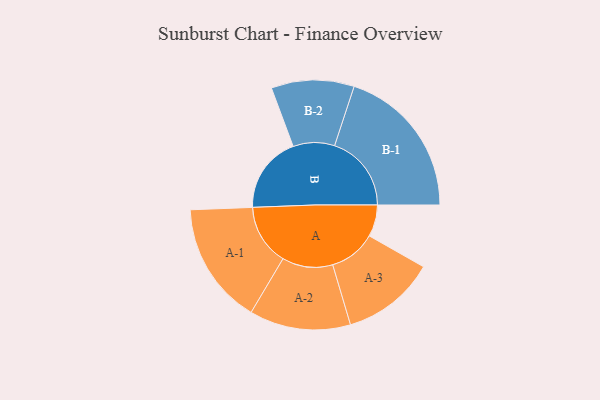
{"axis": {"x": "Segment", "y": "Value"}, "legend": ["", "A", "B"], "data": [{"x": "A", "y": 121, "type": ""}, {"x": "B", "y": 293, "type": ""}, {"x": "A-1", "y": 233, "type": "A"}, {"x": "A-2", "y": 193, "type": "A"}, {"x": "A-3", "y": 179, "type": "A"}, {"x": "B-1", "y": 293, "type": "B"}, {"x": "B-2", "y": 158, "type": "B"}]}